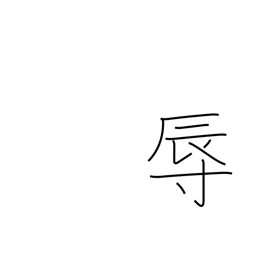
Meaning: humiliate